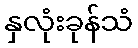
နှလုံးခုန်သံ